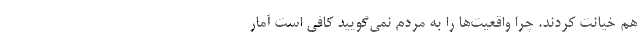
هم خیانت کردند. چرا واقعیت‌ها را به مردم نمی‌گویید کافی است آمار